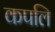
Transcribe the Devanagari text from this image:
कपलि